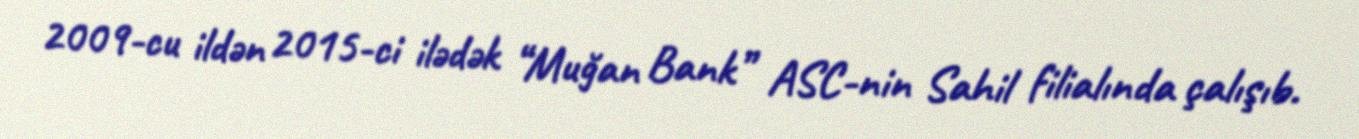
2009-cu ildən 2015-ci ilədək “Muğan Bank” ASC-nin Sahil filialında çalışıb.